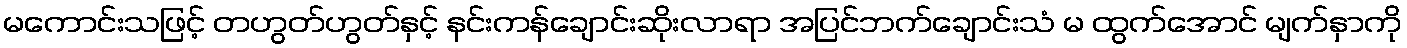
မကောင်းသဖြင့် တဟွတ်ဟွတ်နှင့် နင်းကန်ချောင်းဆိုးလာရာ အပြင်ဘက်ချောင်းသံ မ ထွက်အောင် မျက်နှာကို